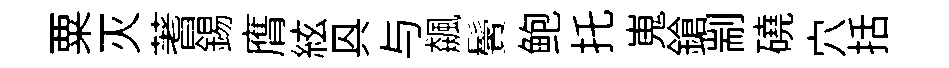
粟灭蓍錫膺絃㒷与飆鬢鲍托嵬鎗剬磽穴括